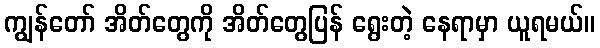
ကျွန်တော် အိတ်တွေကို အိတ်တွေပြန် ရွေးတဲ့ နေရာမှာ ယူရမယ်။